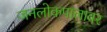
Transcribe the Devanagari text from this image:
जनलोकपालावर